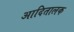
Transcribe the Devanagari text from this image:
आदितालक